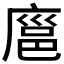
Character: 𪪝